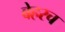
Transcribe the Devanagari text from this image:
बेहरच